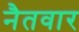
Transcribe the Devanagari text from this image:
नैतवार